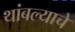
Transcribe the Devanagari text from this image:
थांबल्याचे